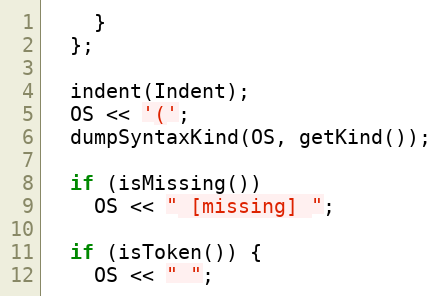
Language: C++
    }
  };

  indent(Indent);
  OS << '(';
  dumpSyntaxKind(OS, getKind());

  if (isMissing())
    OS << " [missing] ";

  if (isToken()) {
    OS << " ";